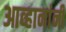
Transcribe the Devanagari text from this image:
आव्हानांनी